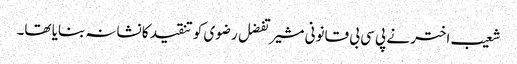
شعیب اختر نے پی سی بی قانونی مشیر تفضل رضوی کو تنقید کا نشانہ بنایا تھا۔